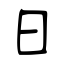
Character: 日